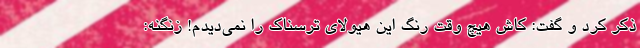
ذکر کرد و گفت: کاش هیچ وقت رنگ این هیولای ترسناک را نمی‌دیدم! زنگنه: